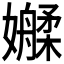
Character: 𫲑